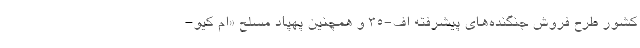
کشور طرح فروش جنگنده‌های پیشرفته اف-۳۵ و همچنین پهپاد مسلح «ام کیو-